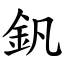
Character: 釩